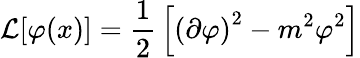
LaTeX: {\mathcal{L}}[\varphi(x)]={\frac{1}{2}}\left[\left(\partial\varphi\right)^{2}-m^{2}\varphi^{2}\right]